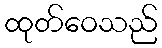
ထုတ်ဝေသည်